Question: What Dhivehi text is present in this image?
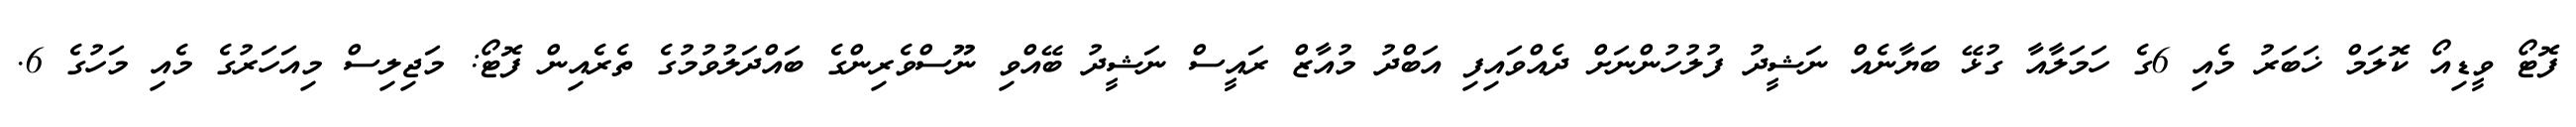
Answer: ފޮޓޯ ވީޑިއޯ ކޮލަމް ޚަބަރު މެއި 6ގެ ހަމަލާއާ ގުޅޭ ބަޔާނެއް ނަޝީދު ފުލުހުންނަށް ދެއްވައިފި އަބްދު މުއާޒް ރައީސް ނަޝީދު ބޭއްވި ނޫސްވެރިންގެ ބައްދަލުވުމުގެ ތެރެއިން ފޮޓޯ: މަޖިލިސް މިއަހަރުގެ މެއި މަހުގެ 6.